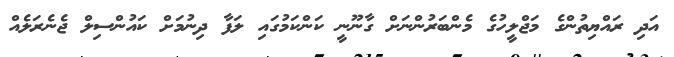
އަދި ރައްޔިތުންގެ މަޖްލީހުގެ މެންބަރުންނަށް ގާނޫނީ ކަންކަމުގައި ލަފާ ދިނުމަށް ކައުންސިލް ޖެނެރަލެއް